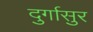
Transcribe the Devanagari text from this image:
दुर्गासुर